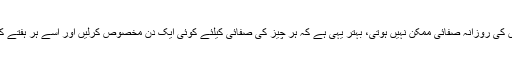
بہت سی چیزوں کی روزانہ صفائی ممکن نہیں ہوتی، بہتر یہی ہے کہ ہر چیز کی صفائی کیلئے کوئی ایک دن مخصوص کرلیں اور اسے ہر ہفتے کے بعد دہرائیں۔